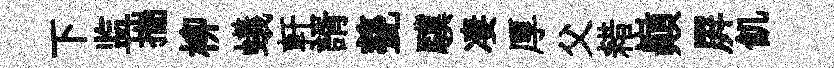
下监揣柳蟻軒諝甆驥凄厚父耤巔屛飢